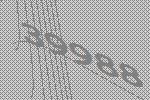
39988